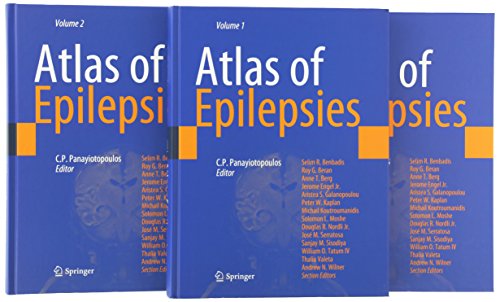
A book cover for Atlas of Epilepsies; Health, Fitness & Dieting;